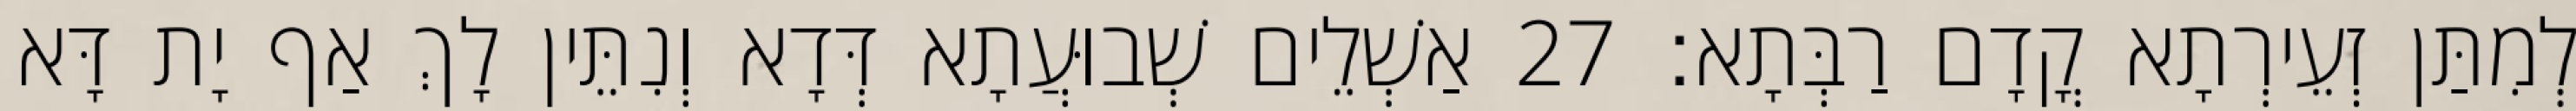
לְמִתַּן זְעֵירְתָא קֳדָם רַבְּתָא׃ 27 אַשְׁלֵים שְׁבוּעֲתָא דְּדָא וְנִתֵּין לָךְ אַף יָת דָּא